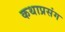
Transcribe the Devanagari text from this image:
कथाप्रसंग